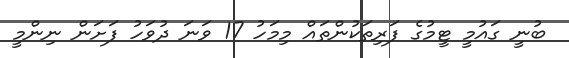
ބުނީ ގައުމީ ޓީމުގެ ފަރިތަކުންތައް މިމަހު 17 ވަނަ ދުވަހު ފަށަން ނިންމީ